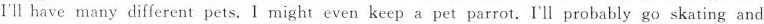
ll have many different pets. I might even keep a pet parrot. I'll probably go skating and